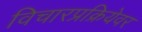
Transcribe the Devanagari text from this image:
विचारप्रक्रियेवर